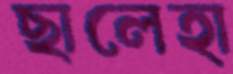
ছালেহা